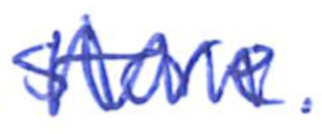
Text: store.
Cross-out: zig-zag
Writing tool: ballpoint